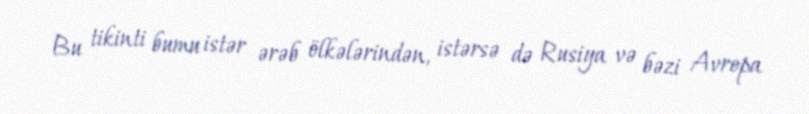
Bu tikinti bumu istər ərəb ölkələrindən, istərsə də Rusiya və bəzi Avropa